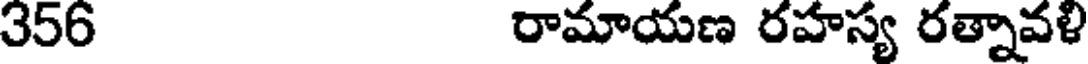
356 రామాయణ రహస్య రత్నావళి